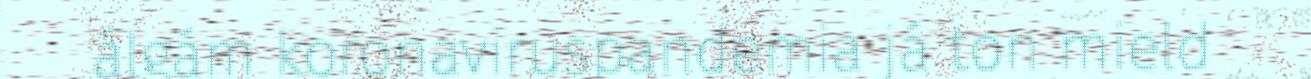
álgám koronaviruspandemia já ton mield